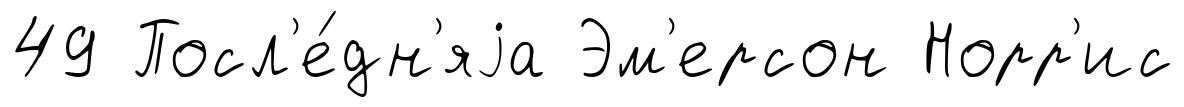
49 Посл'е́дн'яjа Эм'ерсон Норр'ис